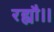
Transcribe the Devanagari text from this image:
रह्यौ।।